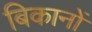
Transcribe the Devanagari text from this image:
बिकानों